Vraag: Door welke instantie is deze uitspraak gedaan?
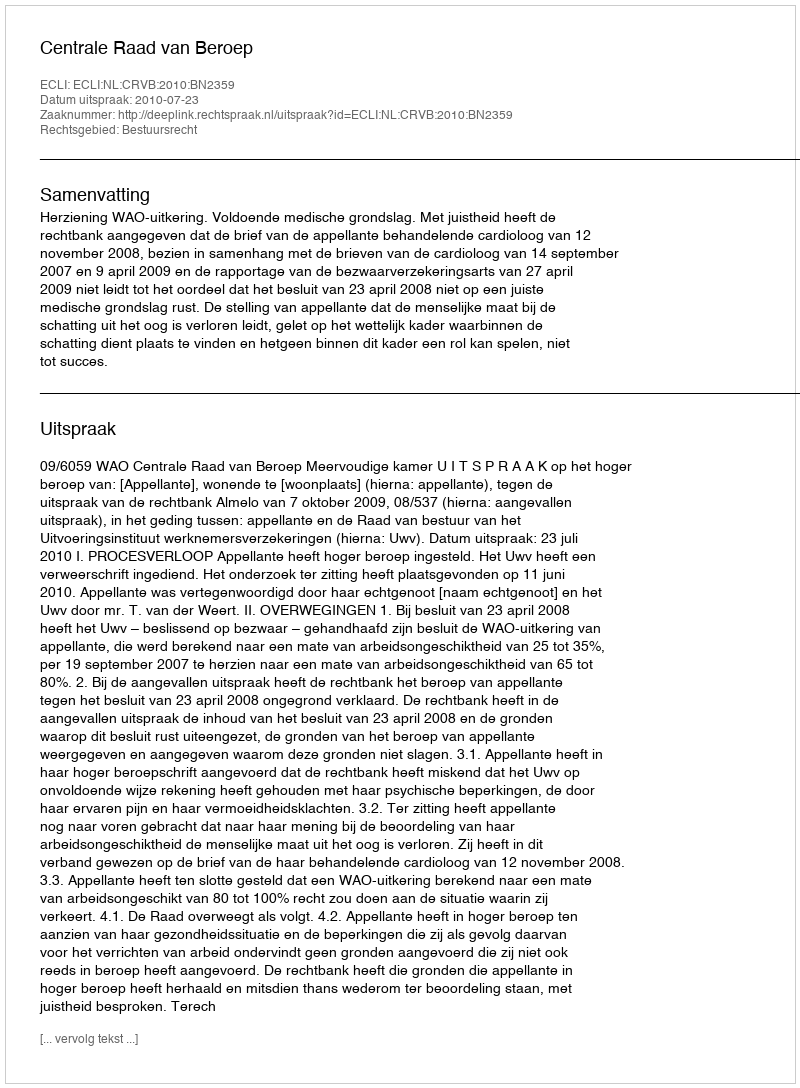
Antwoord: Centrale Raad van Beroep